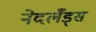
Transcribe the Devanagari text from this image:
नेदर्लँड्स